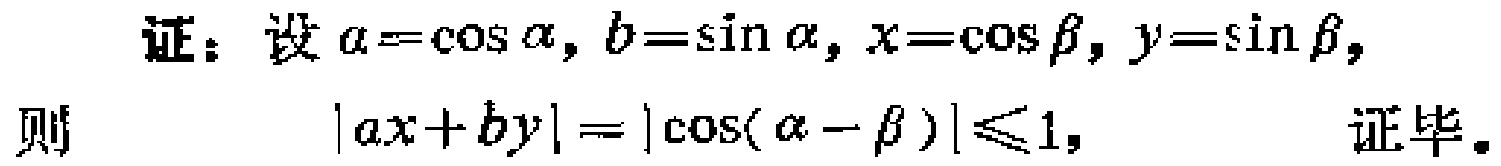
证：设\(a = \cos\alpha, b = \sin\alpha, x = \cos\beta, y = \sin\beta\)，

则\(\vert ax + by\vert=\vert\cos(\alpha - \beta)\vert\leqslant1\)，证毕。